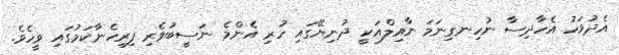
އެދުވަހު އެހާދިސާ ނުހިނގިނަމަ ނާއިލްއަކީ ދުނިޔޭގައި ހުރި އެންމެ ނަސީބުވެރި ފިރިހެނާކަމުގައި ވީހެވެ.